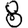
Digit: 8